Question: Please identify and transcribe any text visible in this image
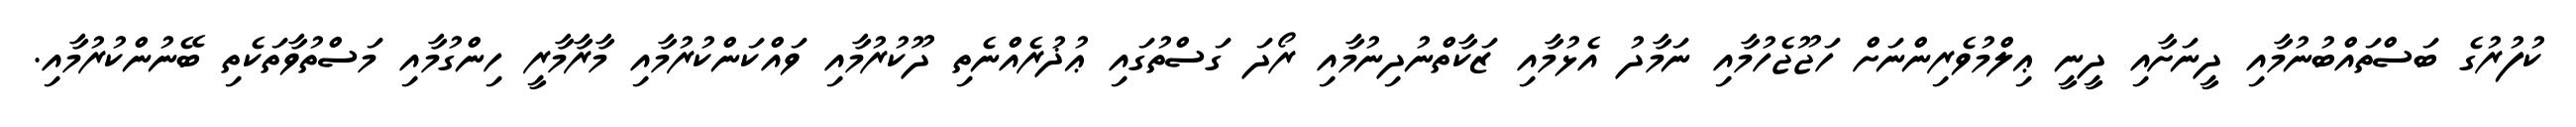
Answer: ކުފުރުގެ ބަސްތައްބުނުމާއި ދީނަށާއި ދީނީ ޢިލްމުވެރިންނަށް ހަޖޫޖެހުމާއި ނަމާދު އެޅުމާއި ޒަކާތްނުދިނުމާއި ރޯދަ ގަސްތުގައި ޢުޛުރެއްނެތި ދޫކުރުމާއި ވައްކަންކުރުމާއި މާރާމާރީ ހިންގުމާއި މަސްތުވާތަކެތި ބޭނުންކުރުމާއި.